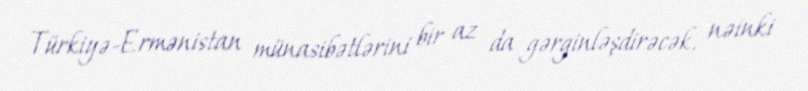
Türkiyə-Ermənistan münasibətlərini bir az da gərginləşdirəcək, nəinki